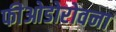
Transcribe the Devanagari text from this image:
फीओडोरोवना